Sanitation, dispensaries and jails vaccination Rajputana 1922-1927 - 1922-1927
Year: 1922
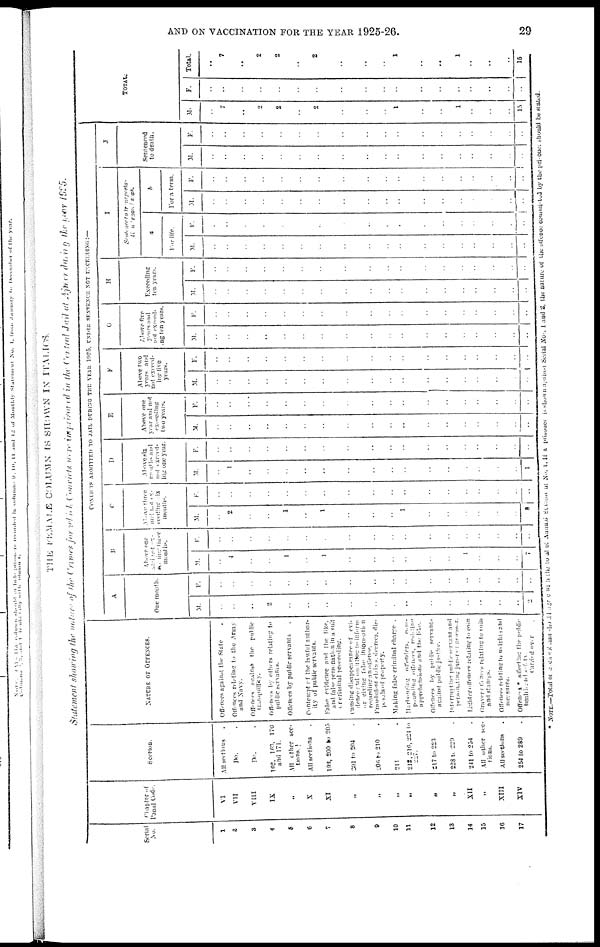
AND ON VACCINATION FOR THE YEAR 1925-26.
29
THE FEMALE COLUMN IS SHOWN IN ITALICS.
Statement showing the nature of the Crimes for which Convicts were imprisoned in the Central Jail of Ajmer during the year 1925.
Serial
No.
1
2
3
4
5
6
7
8
9
10
11
12
13
14
15
16
17
Chapter of
Penal Code.
VI
VII
VIII
IX
„
X
XI
„
„
„
„
„
„
XII
„
XIII
XIV
Section.
All sections .
Do. .
Do.
162, 163, 170
and 171.
All other sec-
tions.
All sections .
193, 200 to 205
201 to 204 .
206 to 210 .
211 .
212,216,224 to
227
217 to 223
228 to 229 .
241 to 254 .
All other sec¬
tions.
All sections .
254 to 289 .
NATURE OF OFFENCES.
Offences against the State .
Offences relating to the Army
and Navy.
Offences against the public
tranquillity.
Offences by others relating to
public servants.
Offences by public servants .
Contempt of the lawful anthor¬
ity of public servants.
False evidence and the like,
and false personation in a suit
or criminal proceeding.
Causing disappearance of evi¬
dence and omitting to inform
or giving false information
regarding an offence.
Fraudulent claims, decrees, dis¬
pesals of property.
Making false criminal charge .
Harbouring offenders, com¬
pounding offences, resisting
apprehensions and the like.
Offences by public servants
against public justice.
Interrupting public servant and
persenating juror or assessor.
Li.hter offences relating to coin
Graver offences relating to to in
and stamps.
Offences relatiing to weights and
messures.
Offences* affecting the public
healths and safty
Carried over .
CONVICTS ADMITTED TO JAIL DURING THE YEAR 1925, UNDER SENTENCE NOT EXCEEDING:—
A
One month.
M.
..
..
..
2
..
..
..
..
..
..
..
..
..
..
..
..
..
2
F.
..
..
..
..
..
..
..
..
..
..
..
..
..
..
..
..
..
..
B
Above one
and
not
one
excceding three
months.
M.
..
4
..
..
1
..
1
..
..
..
..
..
..
1
..
..
..
7
F.
..
..
..
..
..
..
..
..
..
..
..
..
..
..
..
..
..
..
C
Above three
and not ex¬
ceeding six
months.
M.
..
2
..
..
1
..
1
..
..
..
1
..
..
..
..
..
..
5
F.
..
..
..
..
..
..
..
..
..
..
..
..
..
..
..
..
..
..
D
Above six
months and
not exceed¬
ing one year.
M.
..
1
..
..
..
..
..
..
..
..
..
..
..
..
..
..
..
1
F.
..
..
..
..
..
..
..
..
..
..
..
..
..
..
..
..
..
..
E
Above one
year and not
exceeding
two years.
M.
..
..
..
..
..
..
..
..
..
..
..
..
..
..
..
..
..
..
F.
..
..
..
..
..
..
..
..
..
..
..
..
..
..
..
..
..
..
F
Above two
years and
not exceed¬
ing five
years.
M.
..
..
..
..
..
..
..
..
..
..
..
..
..
..
..
..
..
..
F.
..
..
..
..
..
..
..
..
..
..
..
..
..
..
..
..
..
..
G
Above five
years, and
not exceed¬
ing ten years.
M.
..
..
..
..
..
..
..
..
..
..
..
..
..
..
..
..
..
..
F.
..
..
..
..
..
..
..
..
..
..
..
..
..
..
..
..
..
..
H
Exceeding
ten years.
M.
..
..
..
..
..
..
..
..
..
..
..
..
..
..
..
..
..
..
F.
..
..
..
..
..
..
..
..
..
..
..
..
..
..
..
..
..
..
I
Sentence to transporta¬
tion beyond seas.
a
For life.
M.
..
..
..
..
..
..
..
..
..
..
..
..
..
..
..
..
..
..
F.
..
..
..
..
..
..
..
..
..
..
..
..
..
..
..
..
..
..
b
For a term.
M.
..
..
..
..
..
..
..
..
..
..
..
..
..
..
..
..
..
..
F.
..
..
..
..
..
..
..
..
..
..
..
..
..
..
..
..
..
..
J
Sentenced
to death.
M.
..
..
..
..
..
..
..
..
..
..
..
..
..
..
..
..
..
..
F.
..
..
..
..
..
..
..
..
..
..
..
..
..
..
..
..
..
..
TOTAL.
M.
..
7
..
2
2
..
2
..
..
..
1
..
..
1
..
..
..
15
F.
..
..
..
..
..
..
..
..
..
..
..
..
..
..
..
..
..
..
Total.
..
7
..
2
2
..
2
..
..
..
1
..
..
1
..
..
..
15
* NOTE.—Total of each column should agree with the to at of Annual Statement No. 1. If a prisoner is shown against Serial No. 1 and 2, the nature of the offence commited by the prisoner should be stated.